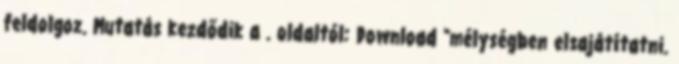
feldolgoz. Mutatás kezdődik a . oldaltól: Download "mélységben elsajátítatni.